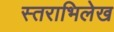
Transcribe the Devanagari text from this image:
स्तराभिलेख